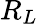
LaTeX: R_{L}